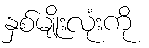
နှစ်မျိုးလုံးကို